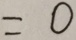
= 0